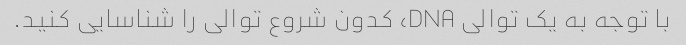
با توجه به یک توالی DNA، کدون شروع توالی را شناسایی کنید.